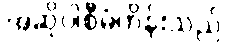
အဆိုပါစီမံကိန်းသည်